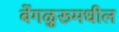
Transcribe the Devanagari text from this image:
बेंगळुरूमधील